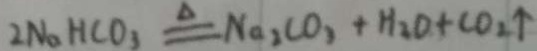
2 N a H C O _ { 3 } \xlongequal { \Delta } N _ { 2 } C O _ { 3 } + H _ { 2 } O + C O _ { 2 } \uparrow